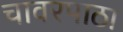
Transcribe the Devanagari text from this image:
चावरपाठा